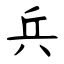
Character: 兵